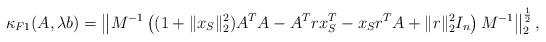
LaTeX: \begin{align*} \kappa_{F1}(A,\lambda b)=\left\|M^{-1}\left((1+\|x_S\|^2_2)A^TA-A^Trx_S^T-x_Sr^TA+\|r\|_2^2I_n\right)M^{-1}\right\|_2^{\frac{1}{2}},\end{align*}